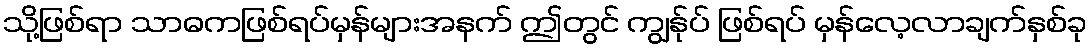
သို့ဖြစ်ရာ သာဓကဖြစ်ရပ်မှန်များအနက် ဤတွင် ကျွန်ုပ် ဖြစ်ရပ် မှန်လေ့လာချက်နှစ်ခု